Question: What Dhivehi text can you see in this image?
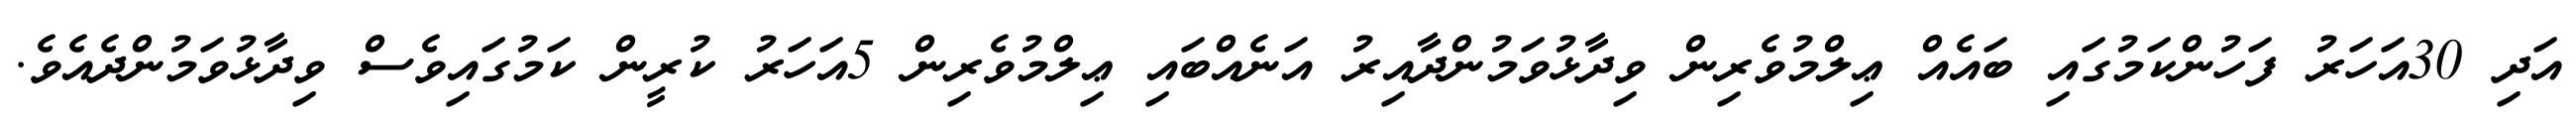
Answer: އަދި 30އަހަރު ފަހުންކަމުގައި ބައެއް ޢިލްމުވެރިން ވިދާޅުވަމުންދާއިރު އަނެއްބައި ޢިލްމުވެރިން 5އަހަރު ކުރީން ކަމުގައިވެސް ވިދާޅުވަމުންދެއެވެ.